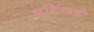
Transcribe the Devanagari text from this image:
घुटिलई